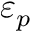
\varepsilon _ { p }